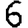
Digit: 6